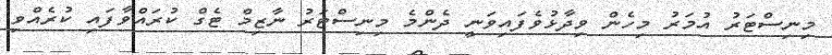
މިނިސްޓަރު އުމަރު މިހެން ވިދާޅުވެފައިވަނީ ދެންމެ މިނިސްޓަރު ނާޒިމް ޓެގް ކުރައްވާފައި ކުރެއްވި